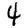
Digit: 4